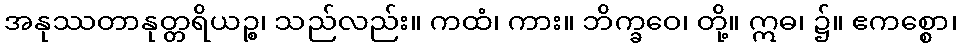
အနုဿတာနုတ္တရိယဉ္စ၊ သည်လည်း။ ကထံ၊ ကား။ ဘိက္ခဝေ၊ တို့။ ဣဓ၊ ၌။ ဧကစ္စော၊